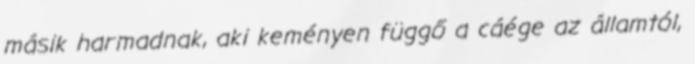
másik harmadnak, aki keményen függő a cáége az államtól,